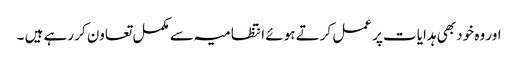
اور وہ خود بھی ہدایات پر عمل کرتے ہوئے انتظامیہ سے مکمل تعاون کر رہے ہیں ۔